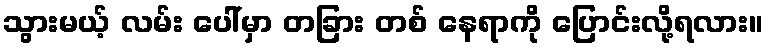
သွားမယ့် လမ်း ပေါ်မှာ တခြား တစ် နေရာကို ပြောင်းလို့ရလား။